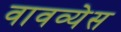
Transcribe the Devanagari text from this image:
वावव्येस